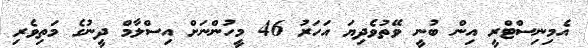
އެމިނިސްޓްރީ އިން ބުނީ ވޭތުވެދިޔަ އަހަރު 46 މީހުންނަށް އިސްލާމް ދީނުގެ މަތިވެރި